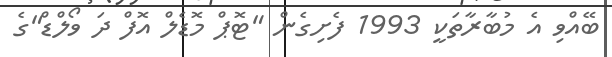
ބޭއްވި އެ މުބާރާތަކީ 1993 ފެށިގެން "ޓޮޕް މޮޑެލް އޮފް ދަ ވޯލްޑް"ގެ